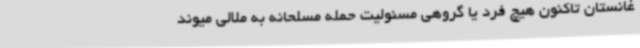
غانستان تاکنون هیچ فرد یا گروهی مسئولیت حمله مسلحانه به ملالی میوند